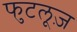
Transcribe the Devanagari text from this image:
फुटलूज़